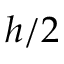
h / 2